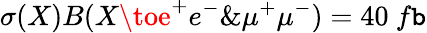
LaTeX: \sigma(X)B(X\toe^{+}e^{-}\& \mu^{+}\mu^{-})=40~f\mathtt{b}